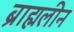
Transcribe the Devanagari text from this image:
ब्राह्मलीन